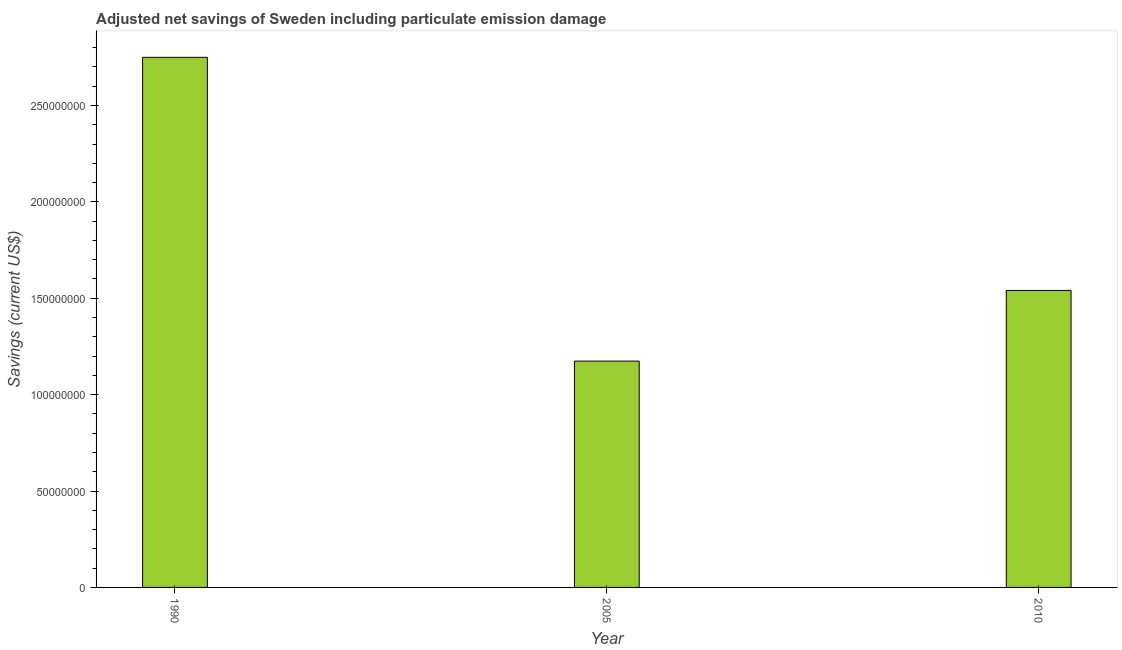
| Year | Adjusted savings: particulate emission damage (current US$) |
 | --- | --- |
 | 1990 | 2.75e+08 |
 | 2005 | 1.17e+08 |
 | 2010 | 1.54e+08 |